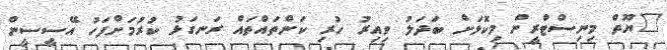
"ޔޫތް މިނިސްޓްރީން މިކޮޅަށް ބަދަލު ވިއިރު ހުރި ކަންތައްތައް ރަނގަޅު ކުރުމަށްފަހު އޭސީސީން